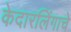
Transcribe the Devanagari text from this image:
केदारलिंगाचे